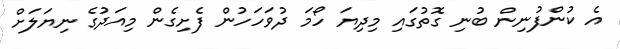
އެ ކުންފުނިން ބުނި ގޮތުގައި މިދިޔަ ހޯމަ ދުވަހަހުން ފެށިގެން މިއަދުގެ ނިޔަލަށް